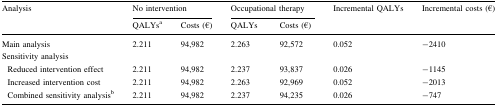
<table><thead><tr><td rowspan="2"><b>Analysis</b></td><td colspan="2"><b>No intervention</b></td><td colspan="2"><b>Occupational therapy</b></td><td rowspan="2"><b>Incremental QALYs</b></td><td rowspan="2"><b>Incremental costs (€)</b></td></tr><tr><td><b>QALYs<sup>a</sup></b></td><td><b>Costs (€)</b></td><td><b>QALYs</b></td><td><b>Costs (€)</b></td></tr></thead><tbody><tr><td>Main analysis</td><td>2.211</td><td>94,982</td><td>2.263</td><td>92,572</td><td>0.052</td><td>−2410</td></tr><tr><td colspan="7">Sensitivity analysis</td></tr><tr><td> Reduced intervention effect</td><td>2.211</td><td>94,982</td><td>2.237</td><td>93,837</td><td>0.026</td><td>−1145</td></tr><tr><td> Increased intervention cost</td><td>2.211</td><td>94,982</td><td>2.263</td><td>92,969</td><td>0.052</td><td>−2013</td></tr><tr><td> Combined sensitivity analysis<sup>b</sup></td><td>2.211</td><td>94,982</td><td>2.237</td><td>94,235</td><td>0.026</td><td>−747</td></tr></tbody></table>